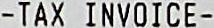
-TAX INVOICE-